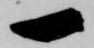
一